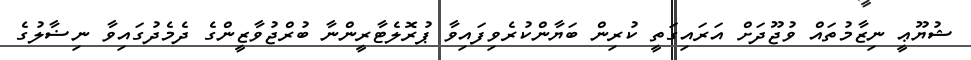
ޝުޔޫޢީ ނިޒާމުތައް ވުޖޫދަށް އަރައިގަތީ ކުރިން ބަޔާންކުރެވިފައިވާ ޕުރޮލެޓާރީންނާ ބުރްޖުވާޒީންގެ ދެމެދުގައިވާ ނިޟާލުގެ